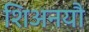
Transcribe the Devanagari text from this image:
शिअनयौ